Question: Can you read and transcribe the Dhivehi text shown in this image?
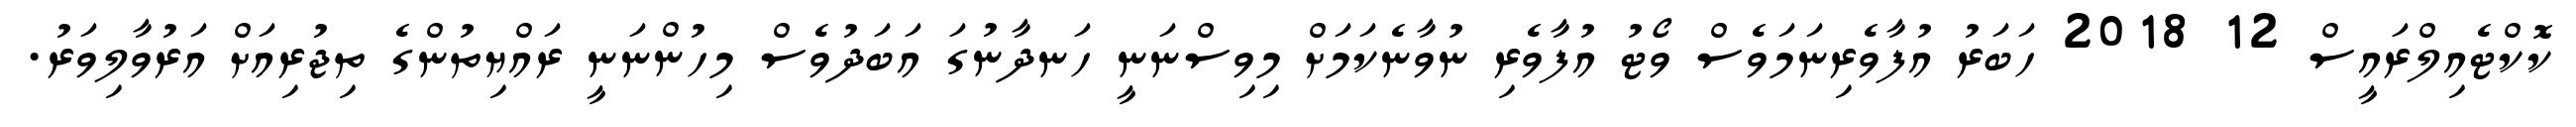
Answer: ކޮކްޓެއިލްރައީސް 12 2018 ހަބަރު އުފާވެރިނަމަވެސް ވޯޓު އުފާވެރި ނުވާނެކަމަށް މިވިސްނަނީ ހަނދާނުގަ އަބަދުވެސް މިހުންނަނީ ރައްޔިތުންގެ ތިޖުރިއަށް އަރުވާލިވަރު.